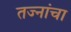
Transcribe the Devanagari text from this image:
तज्नांचा